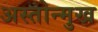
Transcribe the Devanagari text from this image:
अस्तोन्मुख